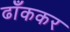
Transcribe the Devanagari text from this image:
ढाँककर